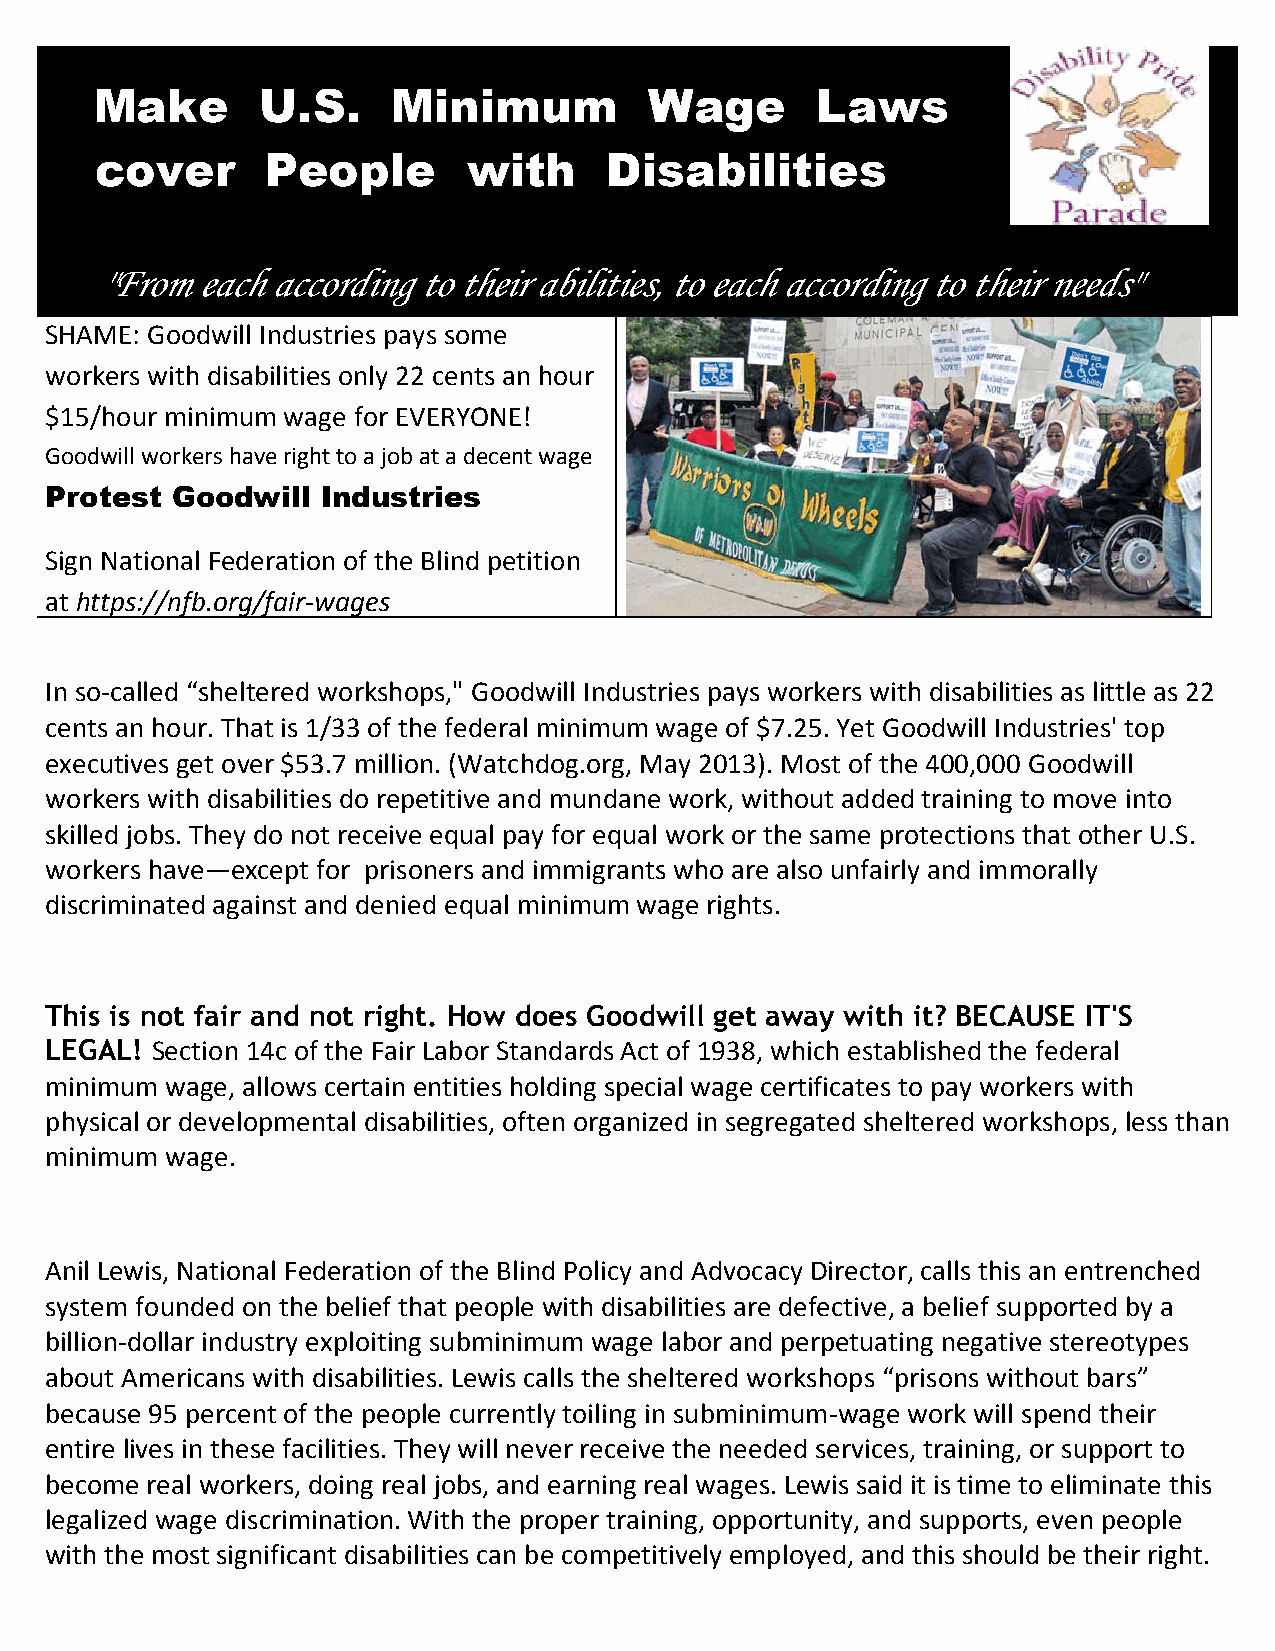
Make       U.S.     Minimum          Wage       Laws
 cover       People       with     Disabilities
 "From each according to their abilities, to each according to their needs"
 SHAME: Goodwill Industries pays some
 workers with disabilities only 22 cents an hour
 $15/hour minimum wage for EVERYONE!
 Goodwill workers have right to a job at a decent wage
 Protest Goodwill  Industries
 Sign National Federation of the Blind petition
 at https://nfb.org/fair-­‐wages
 In so-­‐called “sheltered workshops," Goodwill Industries pays workers with disabilities as little as 22
 cents an hour. That is 1/33 of the federal minimum wage of $7.25. Yet Goodwill Industries' top
 executives get over $53.7 million. (Watchdog.org, May 2013). Most of the 400,000 Goodwill
 workers with disabilities do repetitive and mundane work, without added training to move into
 skilled jobs. They do not receive equal pay for equal work or the same protections that other U.S.
 workers have—except for prisoners and immigrants who are also unfairly and immorally
 discriminated against and denied equal minimum wage rights.
 This is not fair and not right. How does Goodwill get away with it? BECAUSE IT'S
 LEGAL! Section 14c of the Fair Labor Standards Act of 1938, which established the federal
 minimum wage, allows certain entities holding special wage certificates to pay workers with
 physical or developmental disabilities, often organized in segregated sheltered workshops, less than
 minimum wage.
 Anil Lewis, National Federation of the Blind Policy and Advocacy Director, calls this an entrenched
 system founded on the belief that people with disabilities are defective, a belief supported by a
 billion-­‐dollar industry exploiting subminimum wage labor and perpetuating negative stereotypes
 about Americans with disabilities. Lewis calls the sheltered workshops “prisons without bars”
 because 95 percent of the people currently toiling in subminimum-­‐wage work will spend their
 entire lives in these facilities. They will never receive the needed services, training, or support to
 become real workers, doing real jobs, and earning real wages. Lewis said it is time to eliminate this
 legalized wage discrimination. With the proper training, opportunity, and supports, even people
 with the most significant disabilities can be competitively employed, and this should be their right.